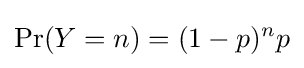
\Pr(Y=n)=(1-p)^{n}p